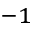
^ { - 1 }